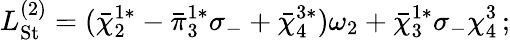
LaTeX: L_{\mathrm{St}}^{(2)}=({\bar{\chi}}_{2}^{1*}-{\bar{\pi}}_{3}^{1*}\sigma_{-}+{\bar{\chi}}_{4}^{3*})\omega_{2}+{\bar{\chi}}_{3}^{1*}\sigma_{-}\chi_{4}^{3}\, ;